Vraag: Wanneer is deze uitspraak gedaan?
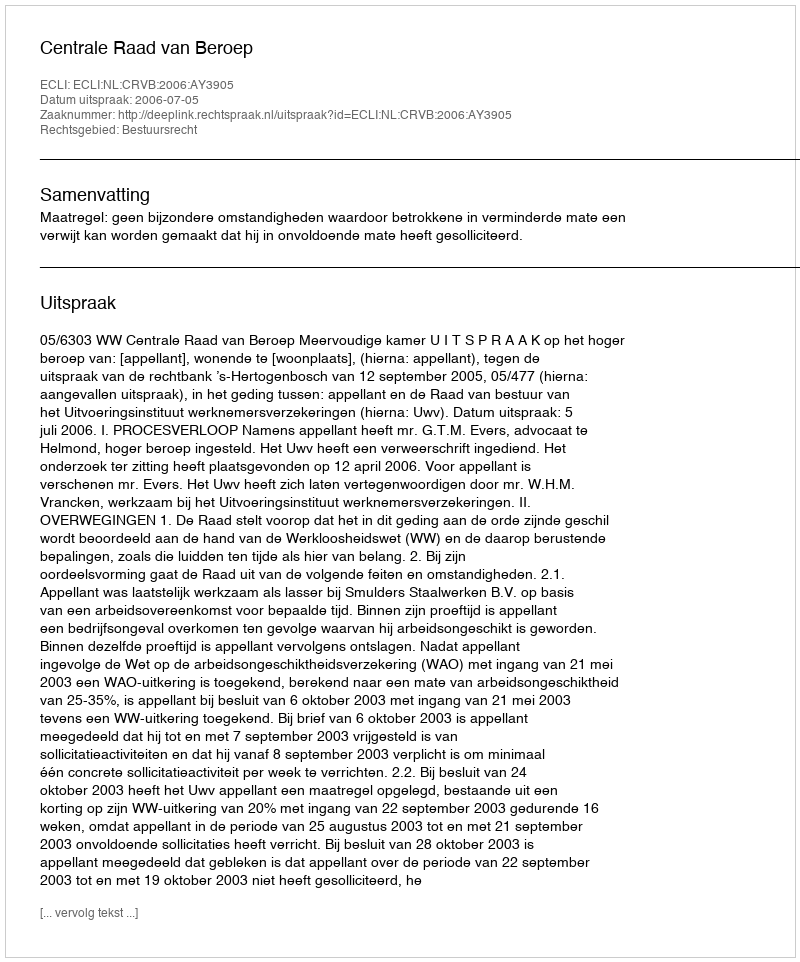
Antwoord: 2006-07-05